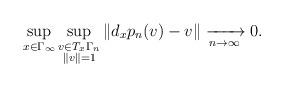
LaTeX: \begin{align*} \sup_{x\in \Gamma_\infty} \sup_{\substack{v\in T_x \Gamma_n \\ \|v\|=1}}\| d_xp_n(v)-v \|\xrightarrow[n\to \infty]{} 0. \end{align*}